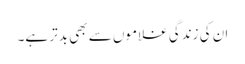
ان کی زندگی غلاموں سے بھی بدتر ہے۔